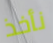
نأخذ